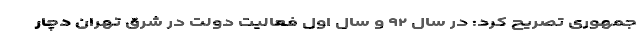
جمهوری تصریح کرد: در سال ٩٢ و سال اول فعالیت دولت در شرق تهران دچار